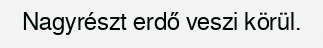
Nagyrészt erdő veszi körül.